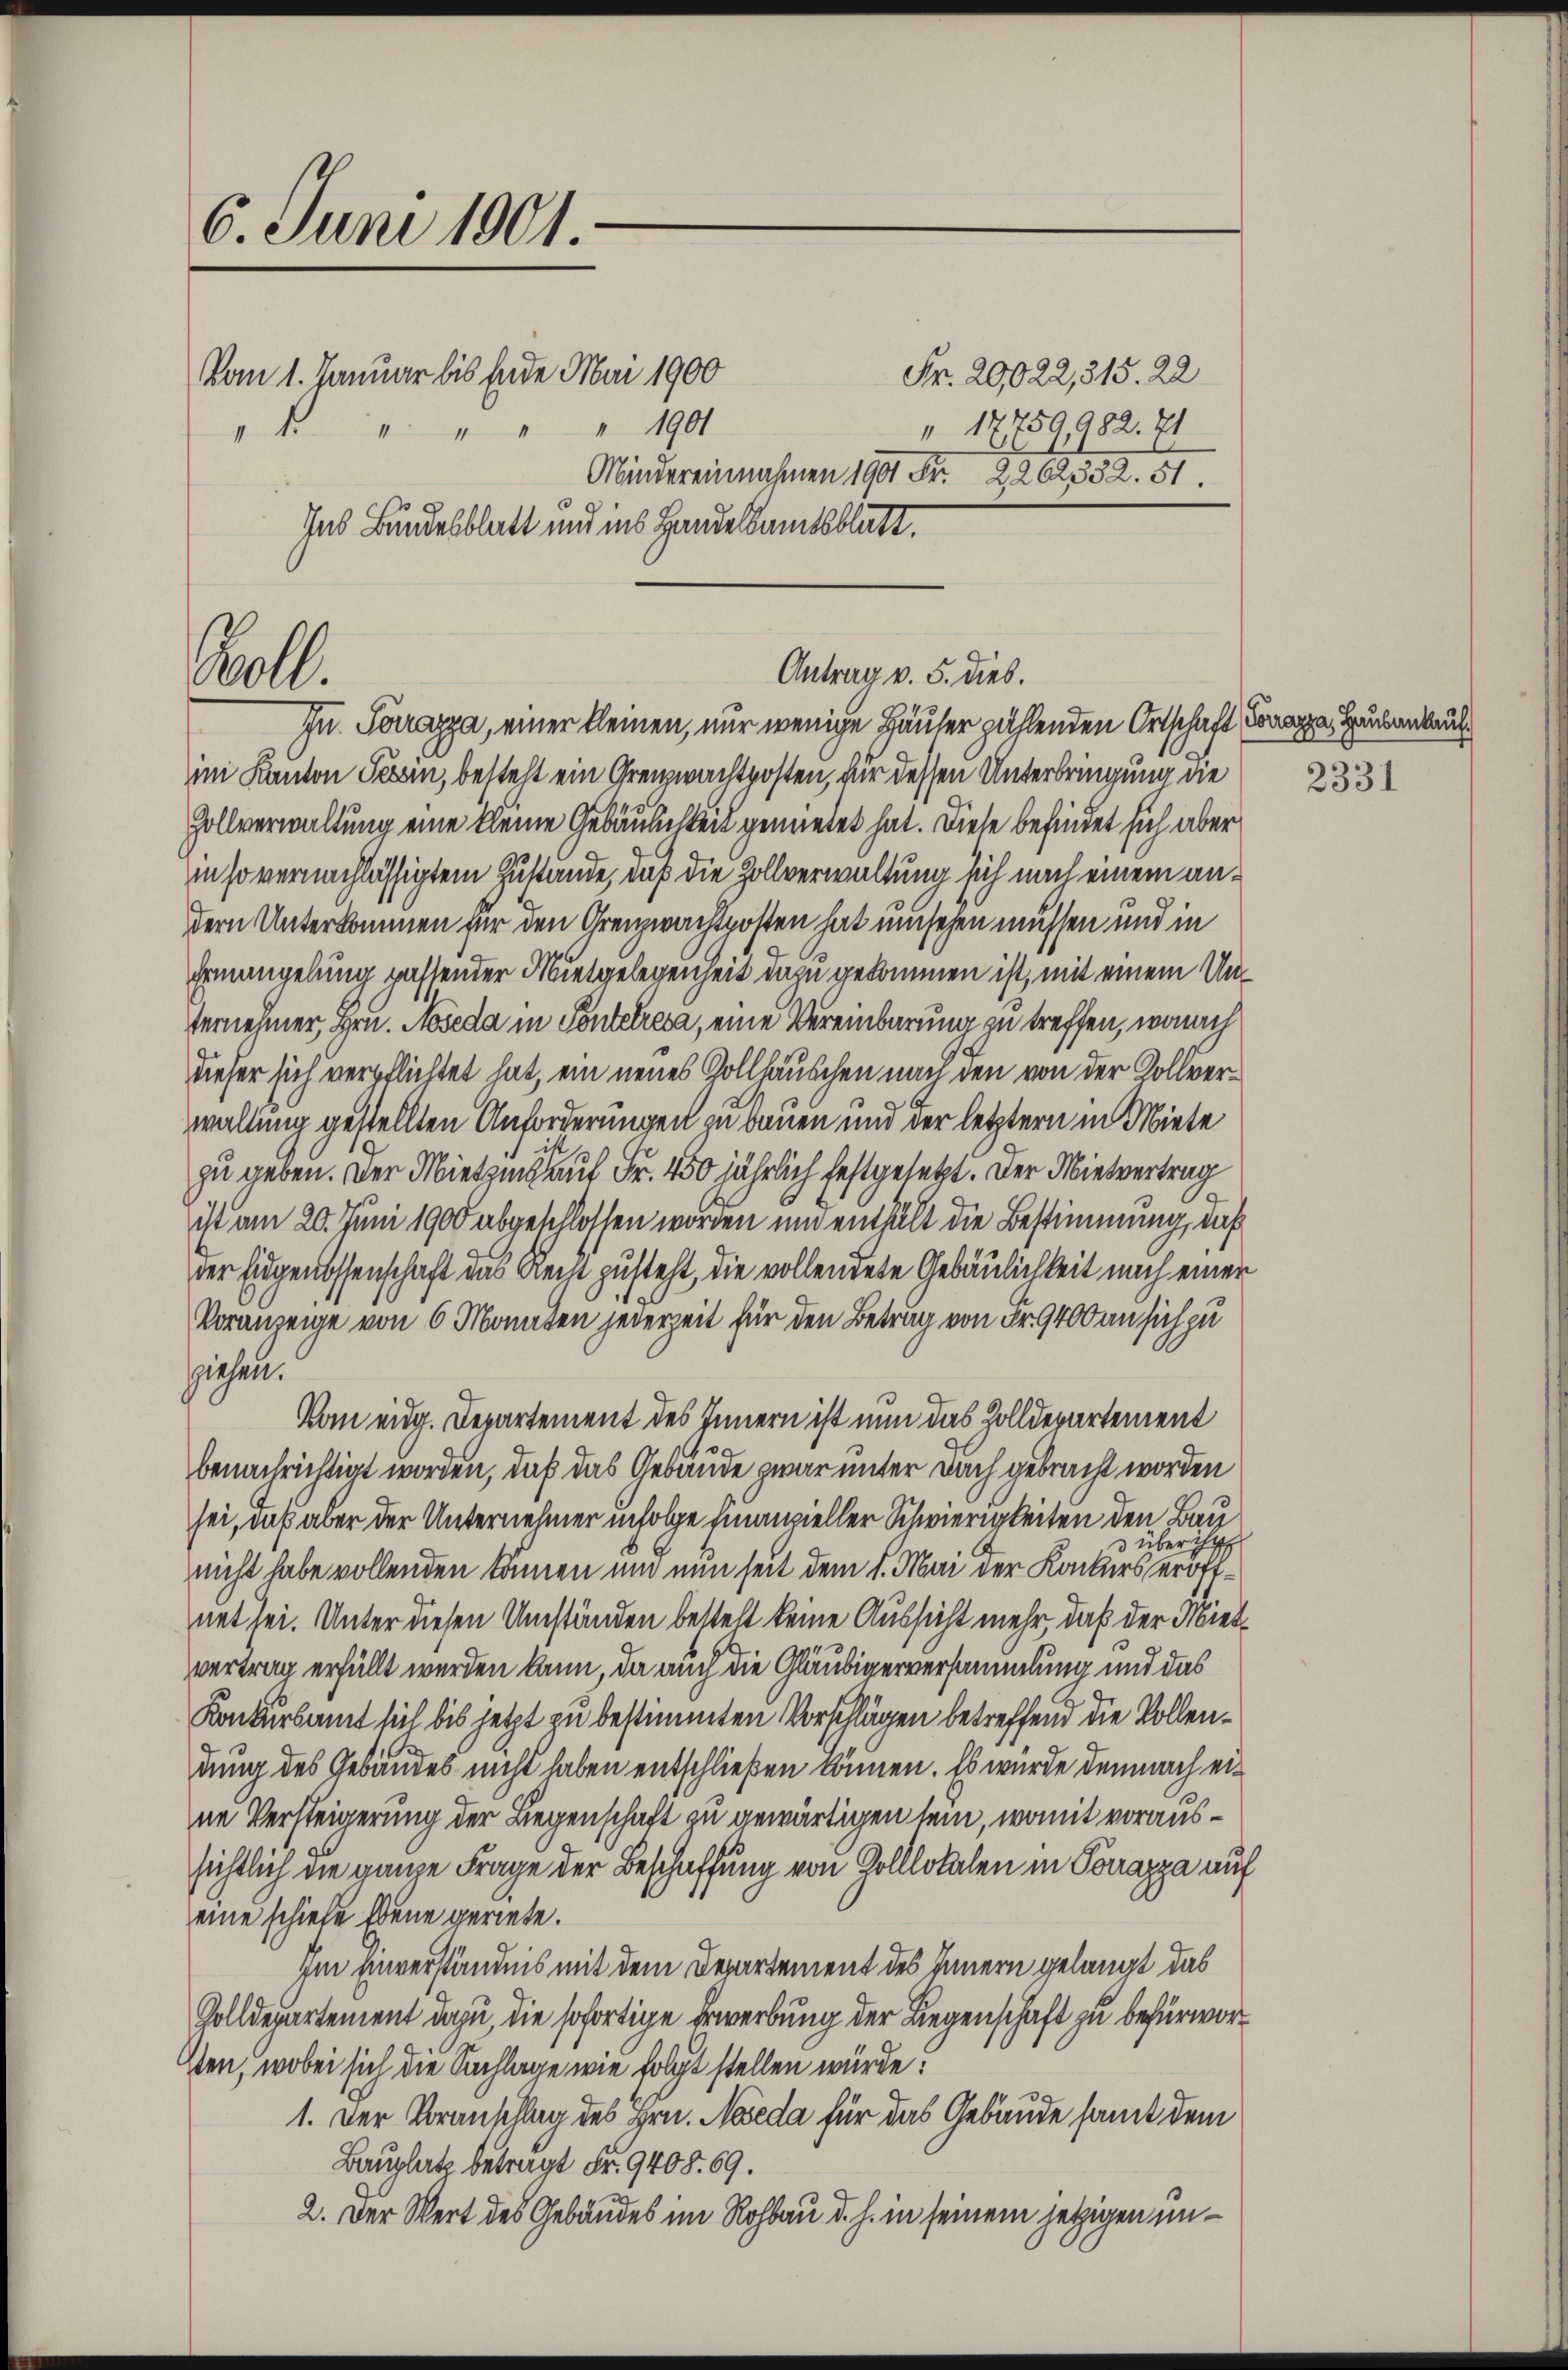
6. Juni 1901
Vom 1. Januar bis Ende Mai 1900
" " " " 1901
I 17759,982. 71
14
Mindereinnahmen 1900 Fr. 2262332. 51.
Ins Bundesblatt und ins Handelsamtsblatt.

Bl.

Fr. 20,022,315. 22

Antrag v. 5. dies.
In. Sorrazza, einer kleinen, nur wenige Häuser zählenden Ortschaft Tomza, Haubenkau

im Kanton Tessin, besteht ein Grenzwachtposten, für dessen Unterbringung die
Zollverwaltung eine kleine Gebäulichkeit gemietet hat. Diese befindet sich aber
in so vernachlässigtem Zustande, daß die Zollverwaltung sich nach einem andern Unterkommen für den Grenzwachtposten hat umsehen müssen und in
Ermangelung passender Mietgelegenheit dazu gekommen ist, mit einem Un¬
Vernehmer, Hrn. Moseda in Ponteresa, eine Vereinbarung zu treffen, wonach
dieser sich verpflichtet hat, ein neues Gollhäuschen nach den von der Rollverwaltung gestellten Anforderungen zu bauen und der letztern in Miete
zu geben. Der Miethzins auf Fr. 450 jährlich festgesetzt. Der Mietvertrag
ist am 20. Juni 1900 abgeschlossen worden und enthält die Bestimmung, daß
der Eidgenossenschaft das Reise zusteht, die vollendete Gebäulichkeit nach einer
Voranzeige von 6 Monaten jederzeit für den Betrag von Fr. 9400 an sich zu
siehen.
Vom eidg. Departement des Innern ist nun das Zolldepartement
benachrichtigt worden, daß das Gebäude zwar unter Dach gebracht worden
sei, daß aber der Unternehmer infolge finanzieller Schwierigkeiten den Bau
3 über ihr
nicht habe vollenden können und nun seit dem 1. Mai der Konkurseröffnet sei. Unter diesen Umständen bestell keine Aussicht mehr, daß der Mietvertrag erfüllt werden kann, da auch die Gläubigerversammlung und das
Konkursamt sich bis jetzt zu bestimmten Vorschlägen betreffend die Vollendung des Gebäudes nicht haben entschließen können. Es wurde demnach eine Versteigerung der Liegenschaft zu gewärtigen sein, womit voraussichtlich die ganze Frage der Beschaffung von Golllokalen in Porrazza auf
eine schiehe Ebene geriete.
Im Einverständnis mit dem Departement des Innern gelangt das
Golldepartement dazu, die sofortige Erwerbung der Liegenschaft zu befürwor¬
Iten, wobei sich die Sachlage wie folgt stellen würde.
1. Der Voranschlag des Hrn. Nöseda für das Gebäude samt dem
Bauplatz betragt Fr. 9408. 69.
2. Der Wert des Gebäudes im Rohbau d. h. in seinem jetzigen un¬

2331